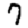
Digit: 7